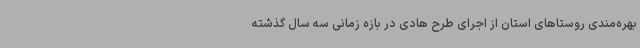
بهره‌مندی روستاهای استان از اجرای طرح هادی در بازه زمانی سه سال گذشته